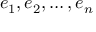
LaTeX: e _ { 1 } , e _ { 2 } , \ldots , e _ { n }